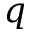
q